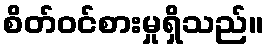
စိတ်ဝင်စားမှုရှိသည်။